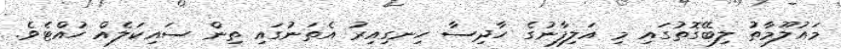
މައުލޫމާތު ލިބޭގޮތުގައި މި އަލިފާނުގެ ހާދިސާ ހިނގިއިރު އެތަނުގައި ތިން ސައިކަލެއް ހުއްޓެވެ.